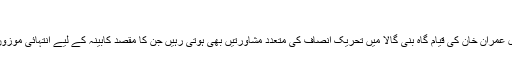
[5]
مذکورہ اجلاس سے قبل عمران خان کی قیام گاہ بنی گالا میں تحریک انصاف کی متعدد مشاورتیں بھی ہوتی رہیں جن کا مقصد کابینہ کے ليے انتہائی موزوں ارکان کا انتخاب تھا۔